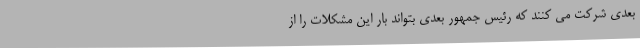
بعدی شرکت می کنند که رئیس جمهور بعدی بتواند بار این مشکلات را از